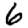
Digit: 6